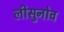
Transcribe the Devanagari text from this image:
लीसुनोव